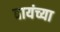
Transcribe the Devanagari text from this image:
वायंच्या